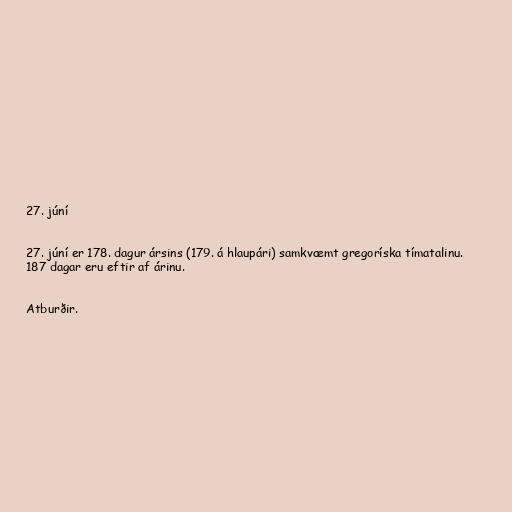
27. júní

27. júní er 178. dagur ársins (179. á hlaupári) samkvæmt gregoríska tímatalinu.
187 dagar eru eftir af árinu.

Atburðir.